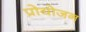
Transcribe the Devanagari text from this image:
प्रोयोजन